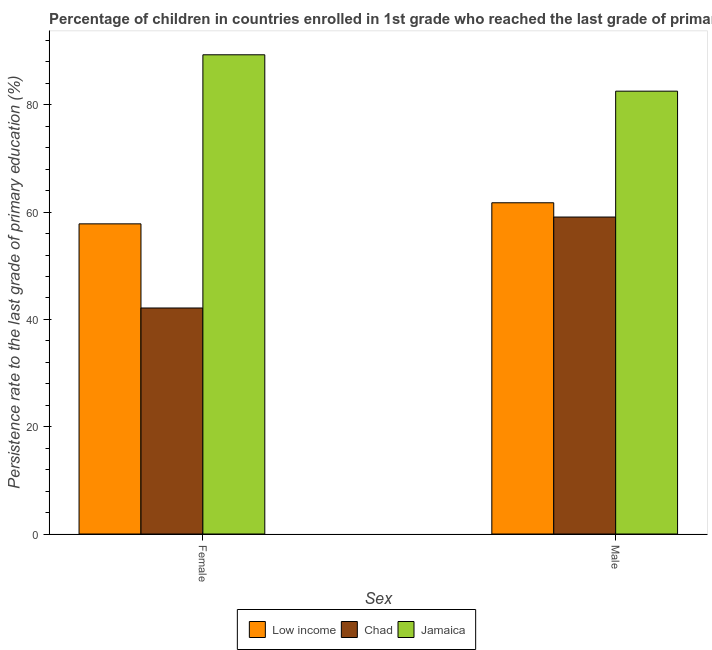
| Sex | Low income | Chad | Jamaica |
 | --- | --- | --- | --- |
 | Female | 57.8 | 42.1 | 89.3 |
 | Male | 61.7 | 59.1 | 82.5 |